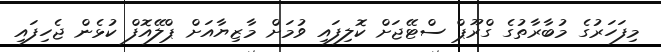
މިފަހަރުގެ މުބާރާތުގެ ގްރޫޕް ސްޓޭޖަށް ކޮލިފައި ވުމަށް މާޒިޔާއަށް ޕްލޭއޮފް ކުޅެން ޖެހިފައި